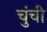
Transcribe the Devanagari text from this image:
चुंची